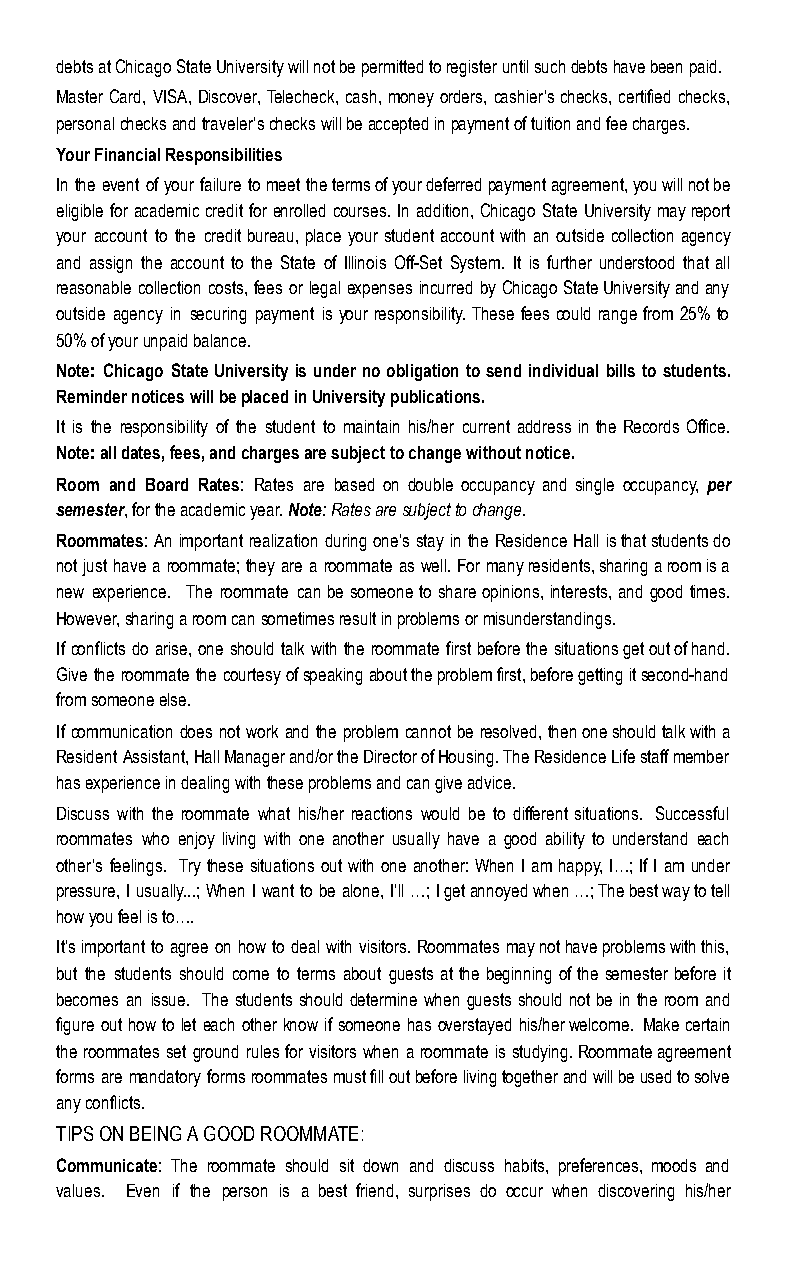
debts at Chicago State University will not be permitted to register until such debts have been paid.
 Master Card, VISA, Discover, Telecheck, cash, money orders, cashier’s checks, certified checks,
 personal checks and traveler’s checks will be accepted in payment of tuition and fee charges.
 Your Financial Responsibilities
 In the event of your failure to meet the terms of your deferred payment agreement, you will not be
 eligible for academic credit for enrolled courses. In addition, Chicago State University may report
 your account to the credit bureau, place your student account with an outside collection agency
 and assign the account to the State of Illinois Off-Set System. It is further understood that all
 reasonable collection costs, fees or legal expenses incurred by Chicago State University and any
 outside agency in securing payment is your responsibility. These fees could range from 25% to
 50% of your unpaid balance.
 Note: Chicago State University is under no obligation to send individual bills to students.
 Reminder notices will be placed in University publications.
 It is the responsibility of the student to maintain his/her current address in the Records Office.
 Note: all dates, fees, and charges are subject to change without notice.
 Room and Board Rates: Rates are based on double occupancy and single occupancy, per
 semester, for the academic year. N ote: Rates are subject to change.
 Roommates: An important realization during one’s stay in the Residence Hall is that students do
 not just have a roommate; they are a roommate as well. For many residents, sharing a room is a
 new experience. The roommate can be someone to share opinions, interests, and good times.
 However, sharing a room can sometimes result in problems or misunderstandings.
 If conflicts do arise, one should talk with the roommate first before the situations get out of hand.
 Give the roommate the courtesy of speaking about the problem first, before getting it second-hand
 from someone else.
 If communication does not work and the problem cannot be resolved, then one should talk with a
 Resident Assistant, Hall Manager and/or the Director of Housing. The Residence Life staff member
 has experience in dealing with these problems and can give advice.
 Discuss with the roommate what his/her reactions would be to different situations. Successful
 roommates who enjoy living with one another usually have a good ability to understand each
 other’s feelings. Try these situations out with one another: When I am happy, I…; If I am under
 pressure, I usually...; When I want to be alone, I’ll …; I get annoyed when …; The best way to tell
 how you feel is to….
 It’s important to agree on how to deal with visitors. Roommates may not have problems with this,
 but the students should come to terms about guests at the beginning of the semester before it
 becomes an issue. The students should determine when guests should not be in the room and
 figure out how to let each other know if someone has overstayed his/her welcome. Make certain
 the roommates set ground rules for visitors when a roommate is studying. Roommate agreement
 forms are mandatory forms roommates must fill out before living together and will be used to solve
 any conflicts.
 TIPS ON BEING A GOOD ROOMMATE:
 Communicate: The roommate should sit down and discuss habits, preferences, moods and
 values. Even if the person is a best friend, surprises do occur when discovering his/her